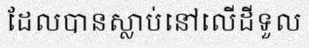
ដែលបានស្លាប់នៅលើដីទួល